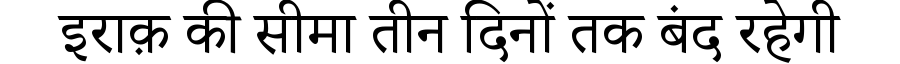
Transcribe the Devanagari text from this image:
इराक़ की सीमा तीन दिनों तक बंद रहेगी